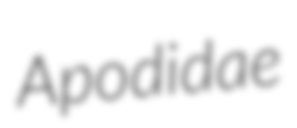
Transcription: Apodidae